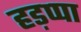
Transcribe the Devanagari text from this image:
हड़प्‍पा